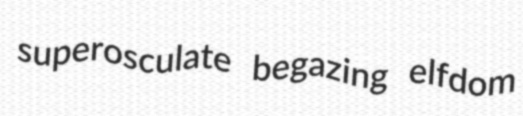
superosculate begazing elfdom